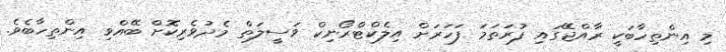
މި އިންތިހާބަކީ ރާއްޖޭގައި ފުރަތަމަ ފަހަރަށް އިލެކްޓްރޯނިކް ވަސީލަތް މެދުވެރިކޮށް ބޭއްވި އިންތިހާބެވެ.